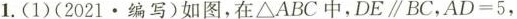
1.(1)(2021·编写)如图，在ΔABC中，DE\parallel BC，$$A D = 5$$，